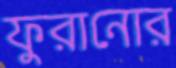
ফুরানোর